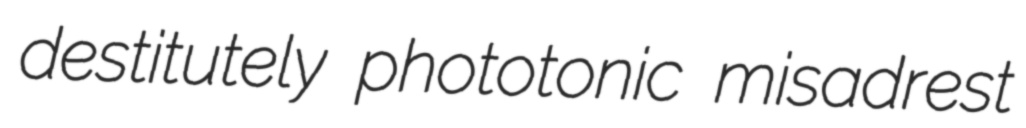
destitutely phototonic misadrest